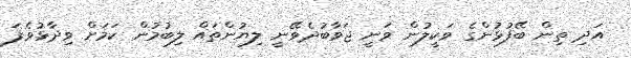
އަދި ތިން ބޭފުޅުންގެ ވަކީލުން ވަނީ ޖަވާބުދެވޭނީ ލިޔުންތައް ލިބުމުން ކަމަށް ވިދާޅުވެފަ